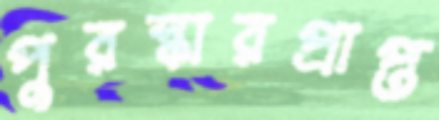
পুরস্কারপ্রাপ্ত